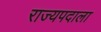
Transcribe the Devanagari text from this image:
राज्यपदाला